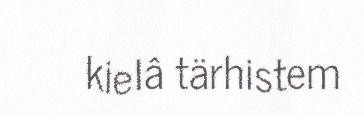
kielâ tärhistem